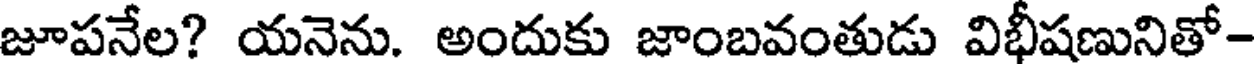
జూపనేల? యనెను. అందుకు జాంబవంతుడు విభీషణునితో-